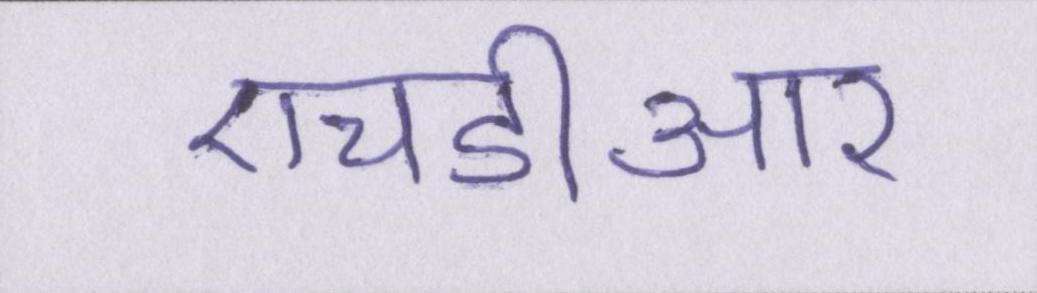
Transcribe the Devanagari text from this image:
एचडीआर